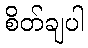
စိတ်ချပါ